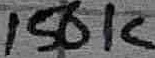
Text: 150K